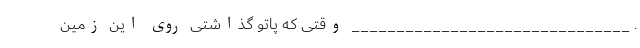
. _______________________________ وقتی که پاتو گذاشتی روی این زمین